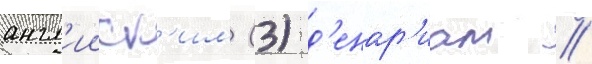
англ'ииск'им (3) д'енар'иам //